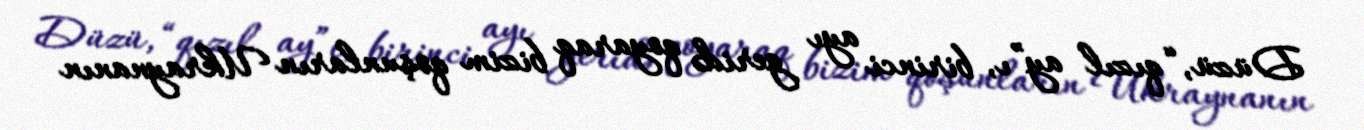
Düzü, “qızıl ay”ı, birinci ayı geridə qoyaraq bizim qoşunların Ukraynanın